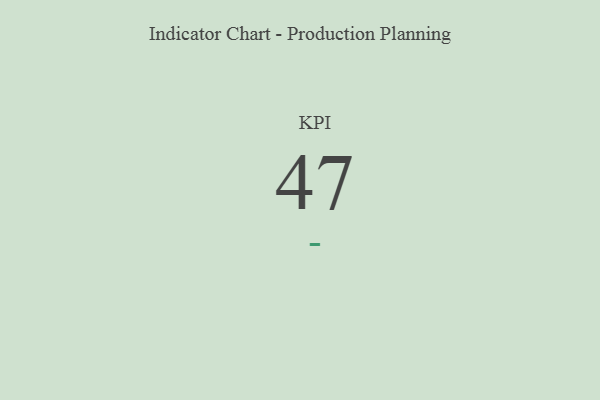
{"axis": {"x": "KPI", "y": "Value"}, "legend": [""], "data": [{"x": "KPI", "y": 47, "type": ""}]}